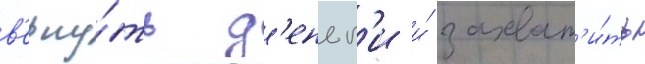
в'ерну́ть д'еньг'и и́ захват'и́ть